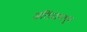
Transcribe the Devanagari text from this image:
अलिंदामधून